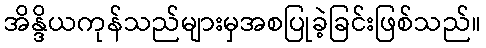
အိန္ဒိယကုန်သည်များမှအစပြုခဲ့ခြင်းဖြစ်သည်။